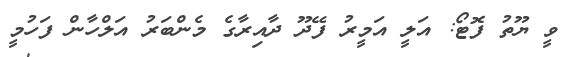
ވީ ޔޫތު ފޮޓޯ: އަލީ އަމީރު ފޭދޫ ދާއިރާގެ މެންބަރު އަލްހާން ފަހުމީ